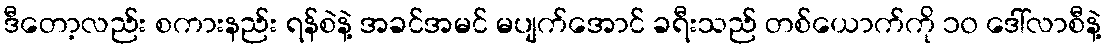
ဒီတော့လည်း စကားနည်း ရန်စဲနဲ့ အခင်အမင် မပျက်အောင် ခရီးသည် တစ်ယောက်ကို ၁၀ ဒေါ်လာစီနဲ့